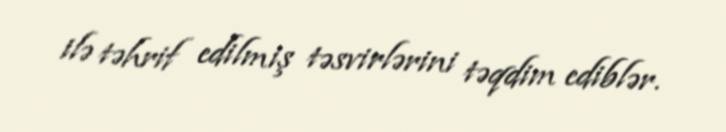
ilə təhrif edilmiş təsvirlərini təqdim ediblər.